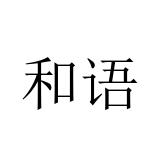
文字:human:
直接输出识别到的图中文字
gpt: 和语